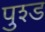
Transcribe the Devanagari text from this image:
पुश्ड